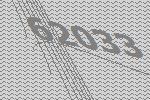
62033